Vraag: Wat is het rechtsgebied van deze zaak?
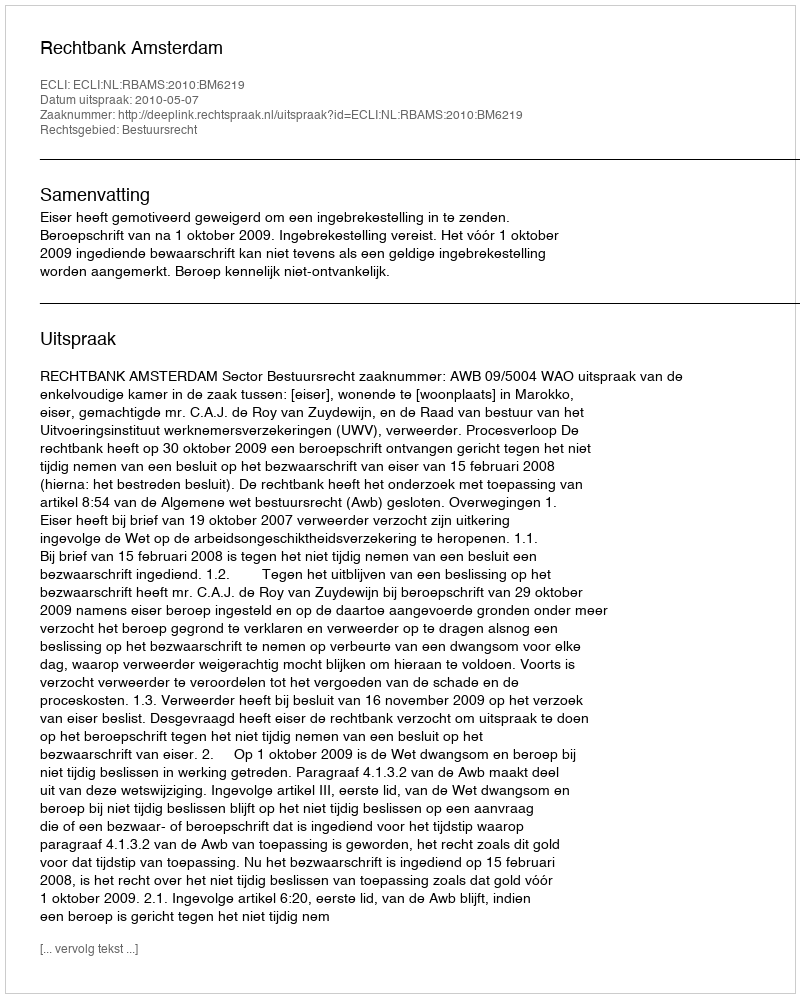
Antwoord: Bestuursrecht